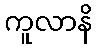
ကူလာနိ